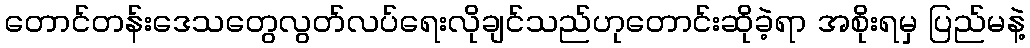
တောင်တန်းဒေသတွေလွတ်လပ်ရေးလိုချင်သည်ဟုတောင်းဆိုခဲ့ရာ အစိုးရမှ ပြည်မနဲ့